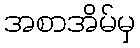
အစာအိမ်မှ